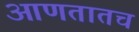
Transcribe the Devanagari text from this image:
आणतातच